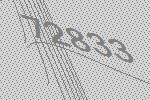
72833